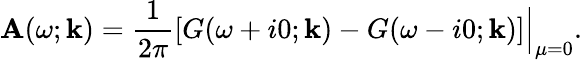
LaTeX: \mathbf{A}(\omega;\mathbf{{k}})=\frac{{1}}{{2\pi}}\left[G(\omega+i0;\mathbf{{k}})-G(\omega-i0;\mathbf{{k}})\right]\Big|_{\mu=0}.